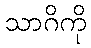
သာဂိကို